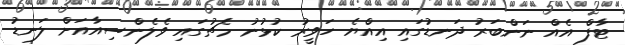
ޓާފް އެއް ނަންބަރު ދަނޑުގައި އިއްޔެ ހަވީރު ކުޅުނު މެޗުގައި ވެލެންސިއާއަށް ލަނޑު